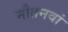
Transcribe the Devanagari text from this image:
नौतनवां